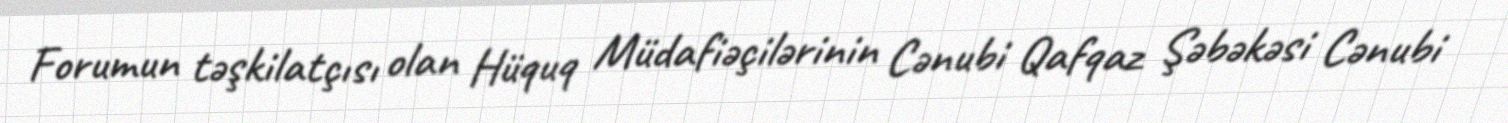
Forumun təşkilatçısı olan Hüquq Müdafiəçilərinin Cənubi Qafqaz Şəbəkəsi Cənubi